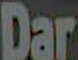
Dar